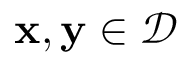
\mathbf { x } , \mathbf { y } \in { \mathcal { D } }